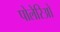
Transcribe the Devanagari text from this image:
पोलेरिओ